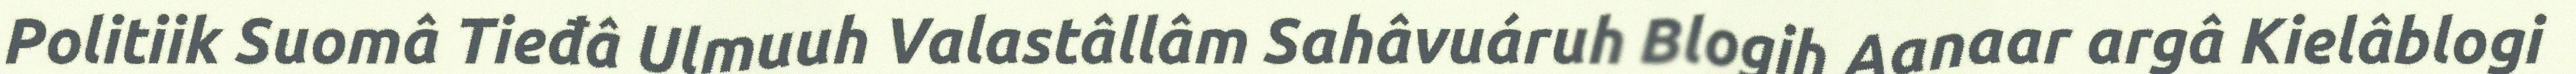
Politiik Suomâ Tieđâ Ulmuuh Valastâllâm Sahâvuáruh Blogih Aanaar argâ Kielâblogi